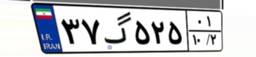
۳۷گ۵۲۵۰۱